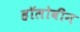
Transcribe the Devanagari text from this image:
हॉलोवीन